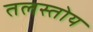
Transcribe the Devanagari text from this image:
तलस्तोय